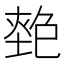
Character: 𡏎